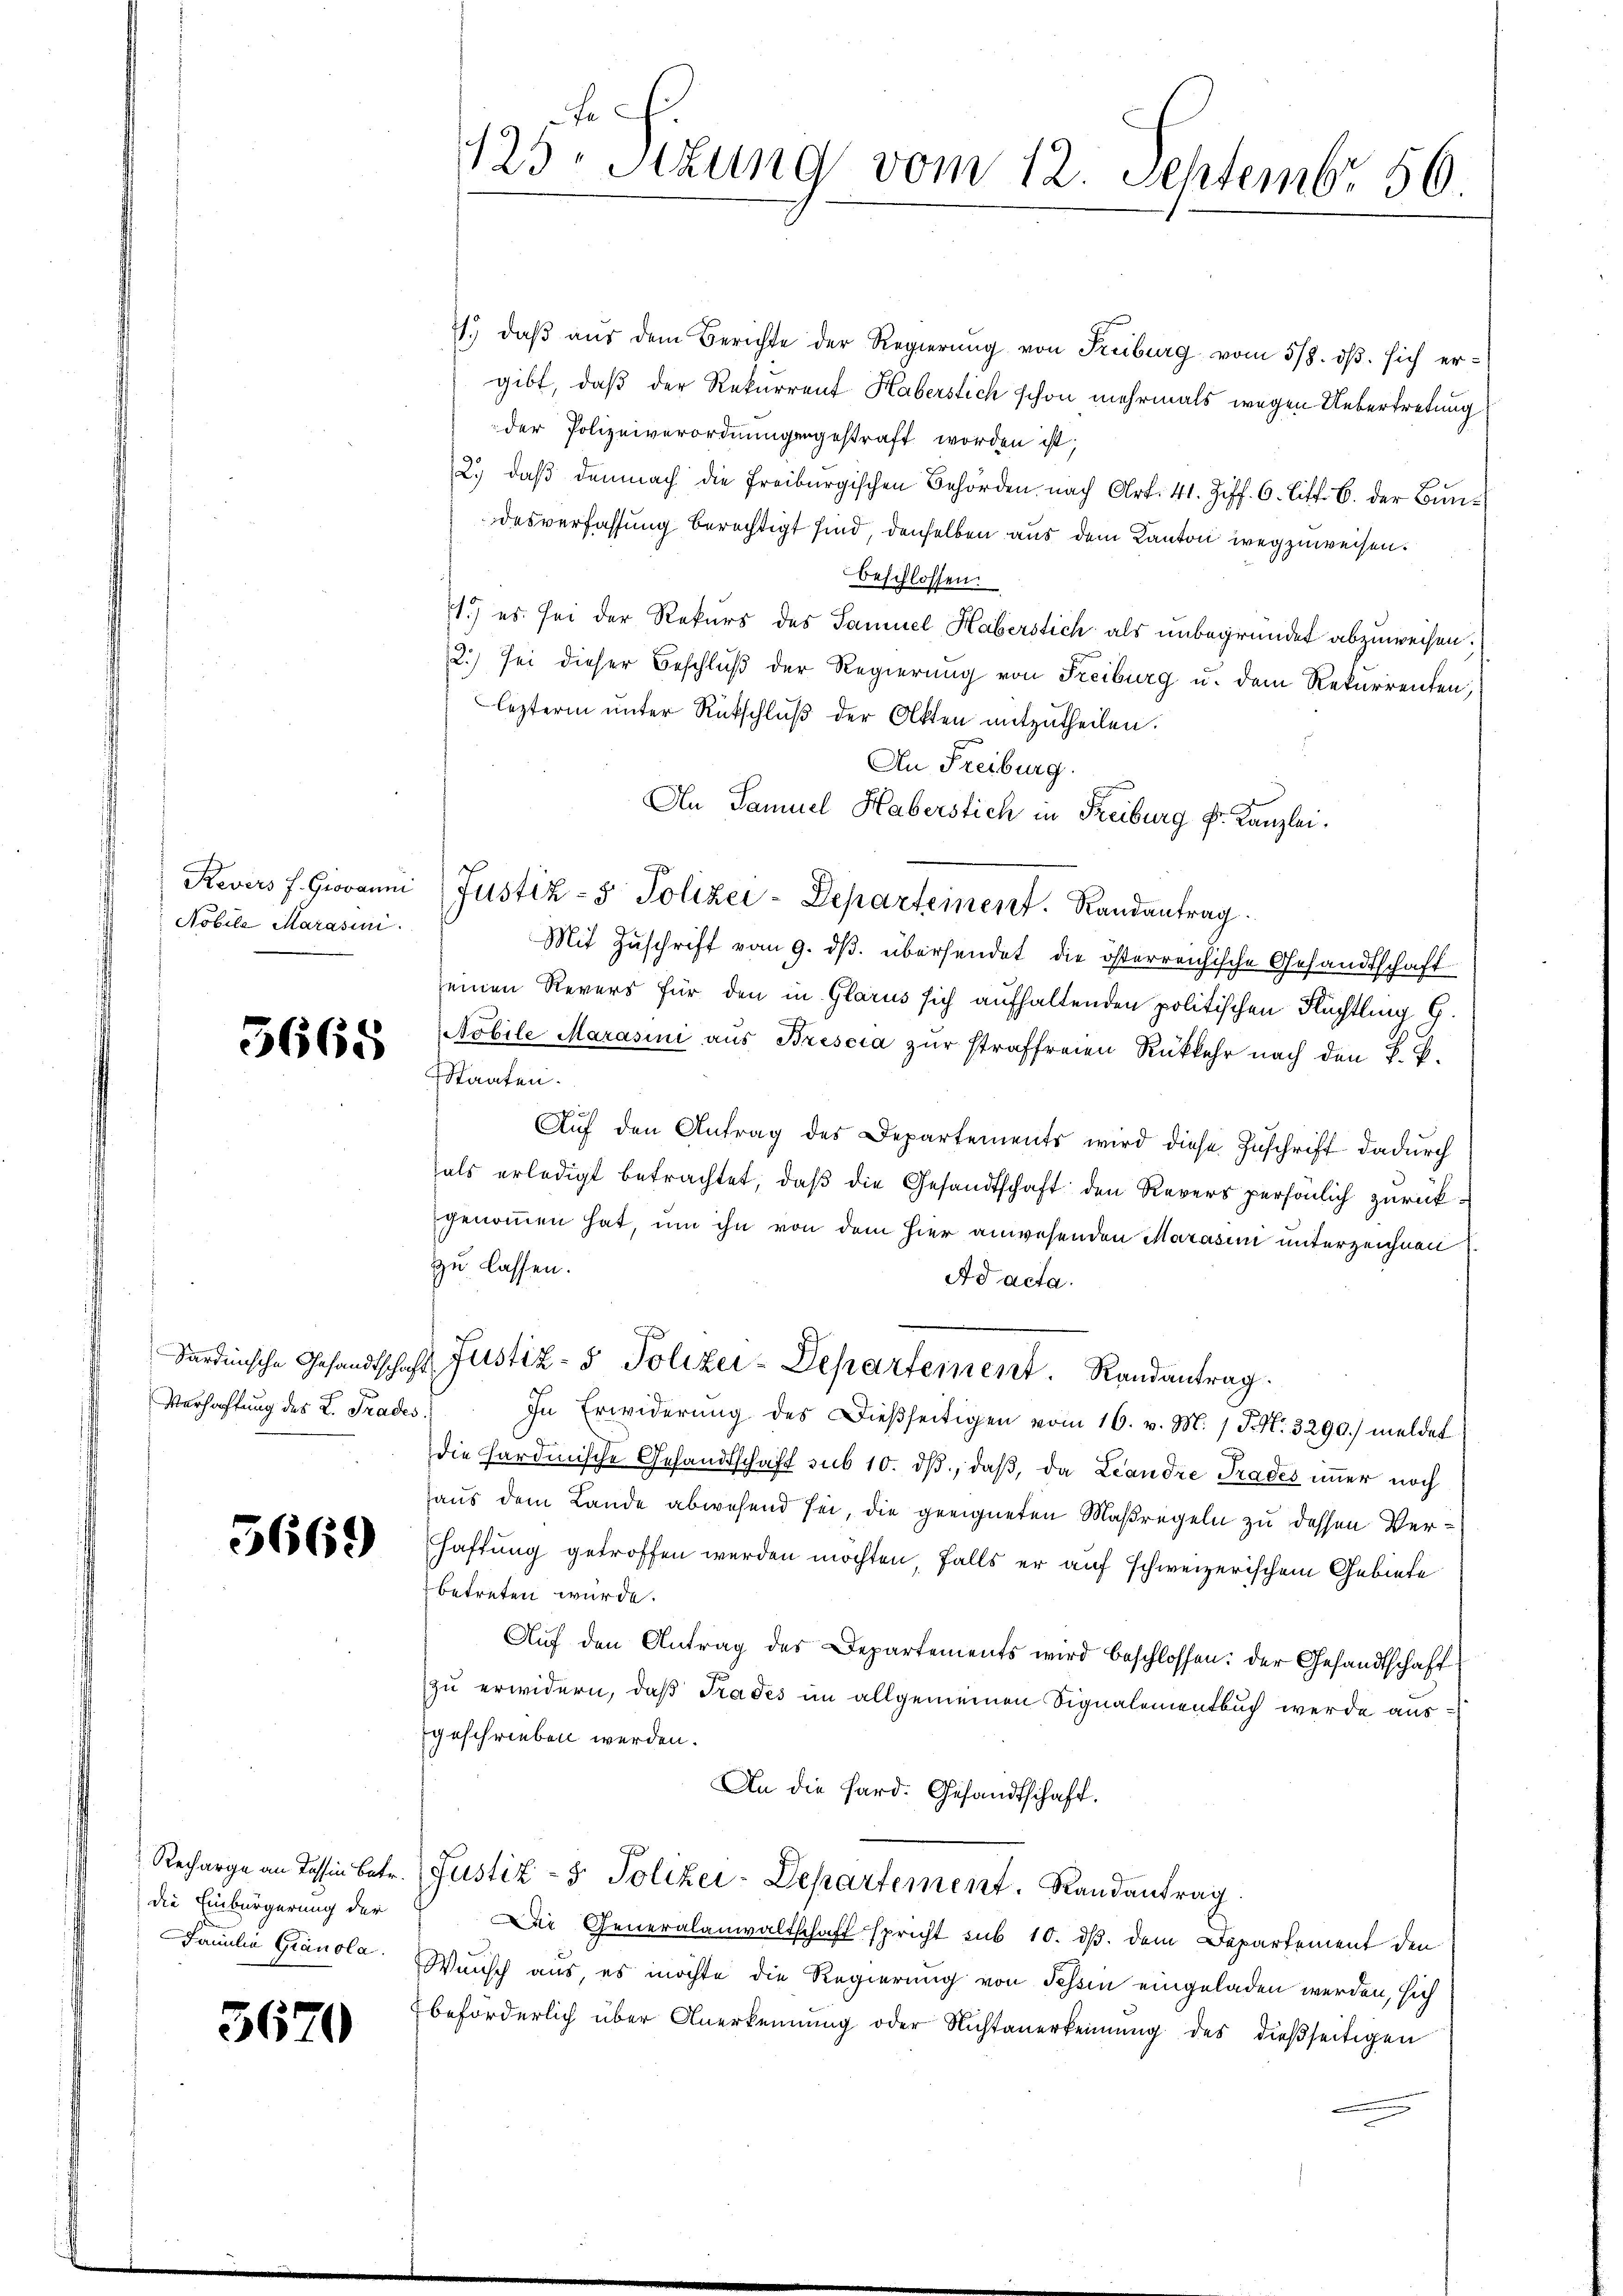
Nobile Marasini.

5665

Verhaftung des L. Trades.

5669

die Einbürgerung der
Famulia Granola.

5670

e
125 Stzung vom 12. Septembr. 56.

1. daβ aŭs dem Berichte der Regierŭng von Freiburg vom 5/8. dβ. sich er-
gibt, daß der Rekurrent Haberstich schon mehrmals wegen Uebertretung
der Polizeiverordnungengestraft worden ist;
2.) daß demnach die Freiburgischen Behörden nach Art. 41. Ziff. 6. Litt. B. der Bundesverfassung berechtigt sind, denselben aus dem Kanton wegzuweisen.
beschlossen:
1.) es sei der Rekurs des Samuel Haberstich als unbegründet abzuweisen.
2.) sei dieser Beschluß der Regierung von Freiburg u. dem Rekurrenten;
lezterm unter Rückschluß der Akten mitzutheilen.
An Freiburg.
An Samuel Haberstich in Freiburg Fr. Kanzlei.
g
Revers J. Giovanni Justiz- & Polizei-Departement. Randantrag
Mit Zuschrift vom 9. dβ übersendet die österreichische Gesandtschaft
seinen Revers für den in Glarus sich aufhaltenden politischen Rechtling G
Nobile Marasini aus Brescia zur straffreien Rükkehr nach den K. B.
Staaten.
Auf den Antrag des Departements wird diese Zuschrift dadurch
als erledigt betrachtet, daß die Gesandtschaft den Revers persönlich zurückgenommen hat, um ihn von dem hier anwesenden Marasen unterzeichnen
zu lassen.
Ad acta.
J
Sardinische Gesandtschaft Justiz- & Polizei-Departement. Randantrag.
In Erwiderung des Dießseitigen vom 16. v. M. / P. N. 3290.) meldet
die Hardinische Gesandtschaft sub 10. dβ, daß, da Leandre Trades immer noch
aus dem Lande abwesend sei, die geeigneten Maßregeln zu dessen Ver¬
Haftung getroffen werden möchten, falls er auf schweizerischem Gebiete
betreten würde.
Aŭf den Antrag des Departements wird beschlossen: der Gesandtschaft
zu erwidern, daß Trades im allgemeinen Signalementbuch werde ausgeschrieben werden.
An die Hard. Gesandtschaft.
Recharge an Tessin betr. (Justiz- & Polizei-Departement. Randantrag
Die Generalanwaltschaft spricht sub 10. dβ. dem Departement den
Wunsch aus, es möchte die Regierung von Tessin eingeladen werden, sich
beförderlich über Anerkennung oder Nichtanerkennung des dießseitigen